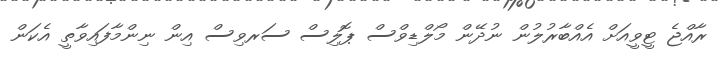
ރާއްޖެ ޓީވީއަށް އެއްބާރުލުން ނުދޭން މޯލްޑިވްސް ޕޮލިސް ސަރވިސް އިން ނިންމާފައިވާތީ އެކަން